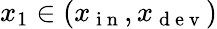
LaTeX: x_{1}\in(x_{\mathrm{~i~n~}},x_{\mathrm{~d~e~v~}})